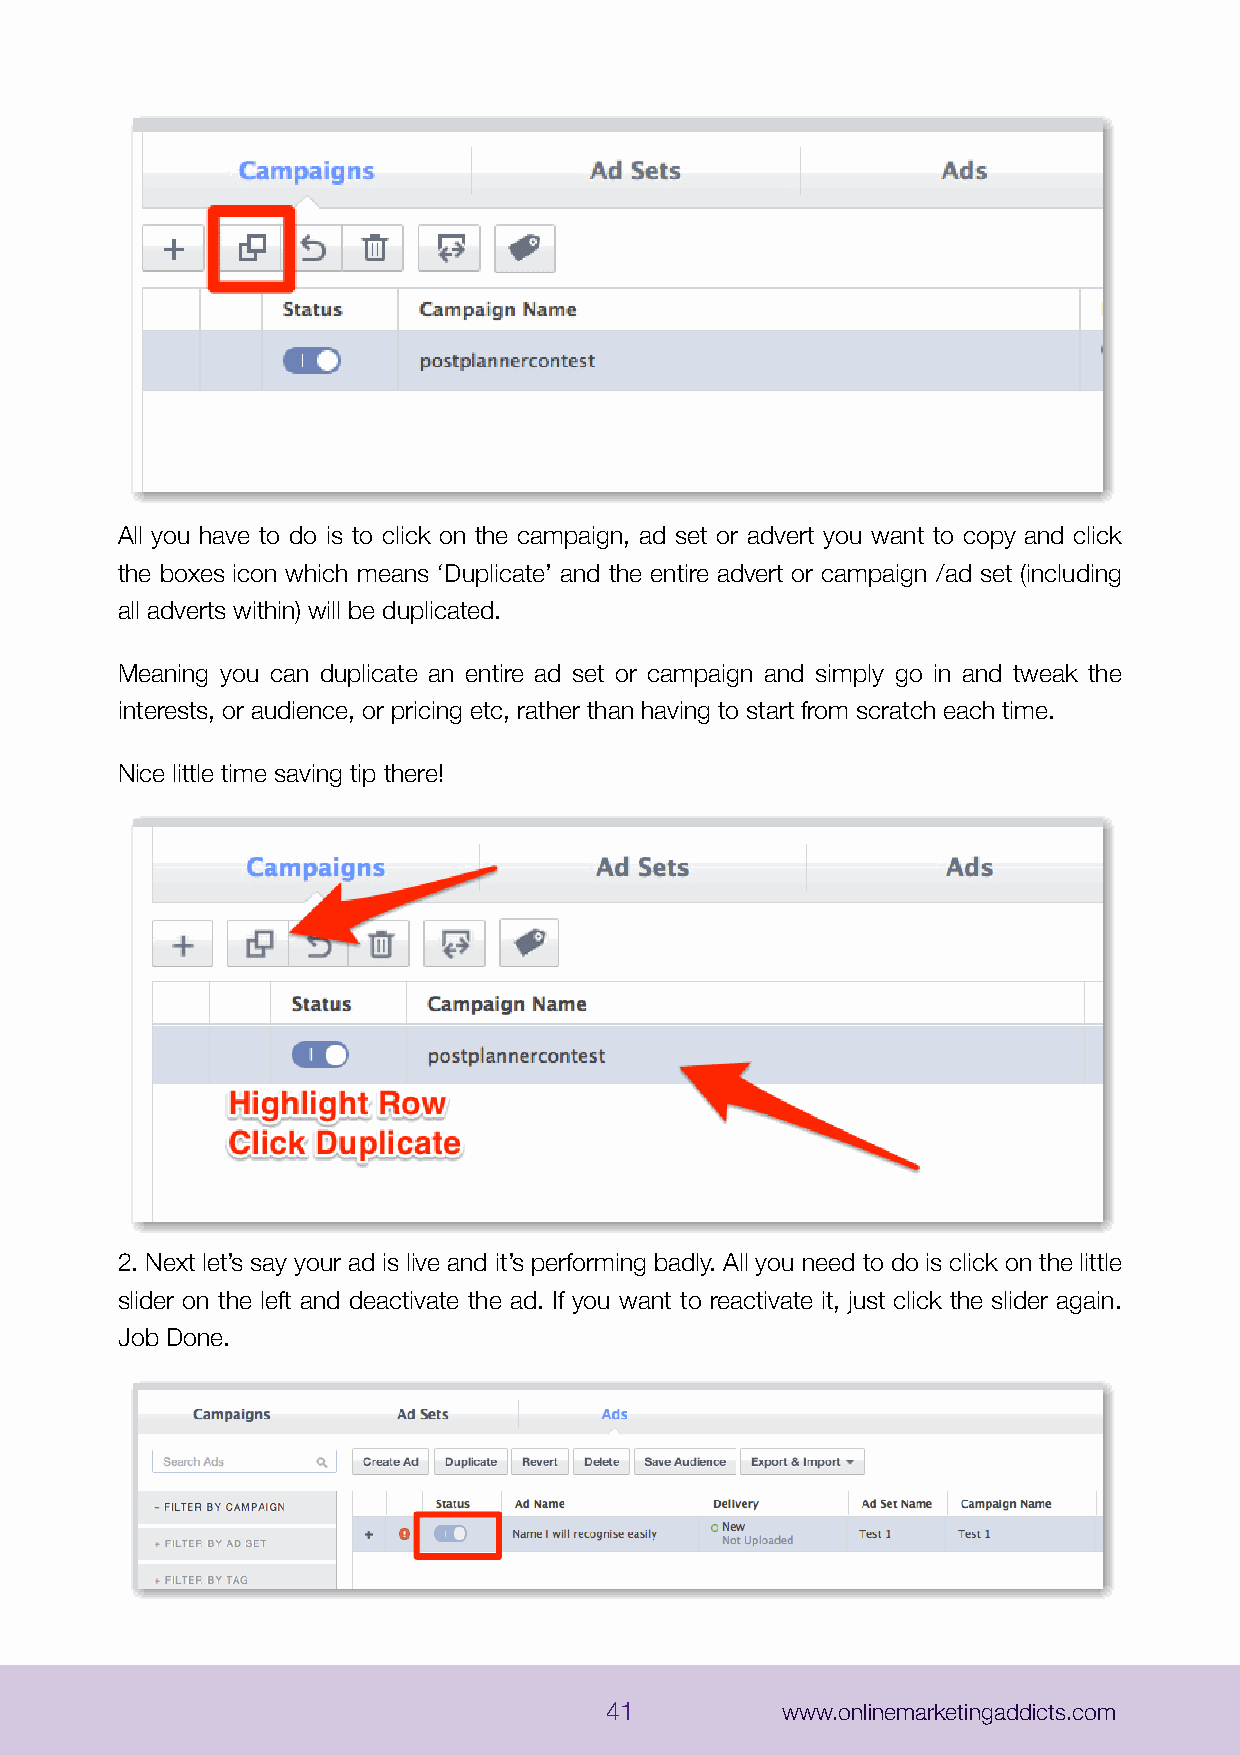
All you have to do is to click on the campaign, ad set or advert you want to copy and click
 the boxes icon which means ‘Duplicate’ and the entire advert or campaign /ad set (including
 all adverts within) will be duplicated.
 Meaning you can duplicate an entire ad set or campaign and simply go in and tweak the
 interests, or audience, or pricing etc, rather than having to start from scratch each time.
 Nice little time saving tip there!
 2. Next let’s say your ad is live and it’s performing badly. All you need to do is click on the little
 slider on the left and deactivate the ad. If you want to reactivate it, just click the slider again.
 Job Done.
 41          www.onlinemarketingaddicts.com